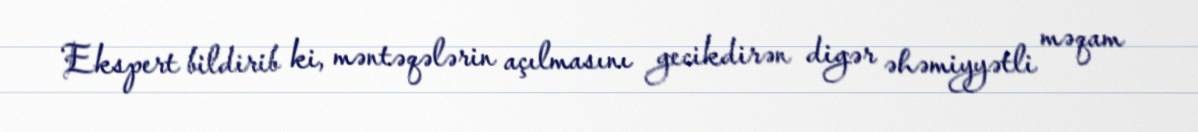
Ekspert bildirib ki, məntəqələrin açılmasını gecikdirən digər əhəmiyyətli məqam